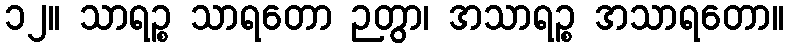
၁၂။ သာရဉ္စ သာရတော ဉတွာ၊ အသာရဉ္စ အသာရတော။